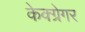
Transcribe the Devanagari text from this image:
केक्ग्रेगर